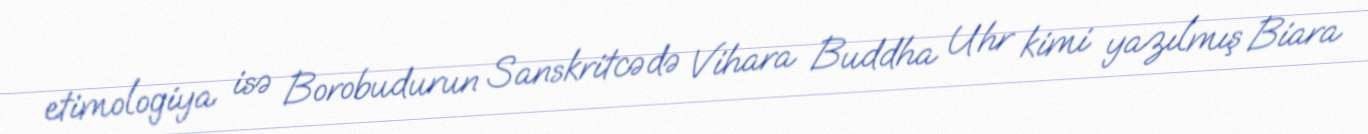
etimologiya isə Borobudurun Sanskritcədə Vihara Buddha Uhr kimi yazılmış Biara